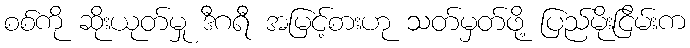
စစ်ကို ဆိုးယုတ်မှု ဒီဂရီ အမြင့်စားဟု သတ်မှတ်ဖို့ ပြည်မိုးငြိမ်းက